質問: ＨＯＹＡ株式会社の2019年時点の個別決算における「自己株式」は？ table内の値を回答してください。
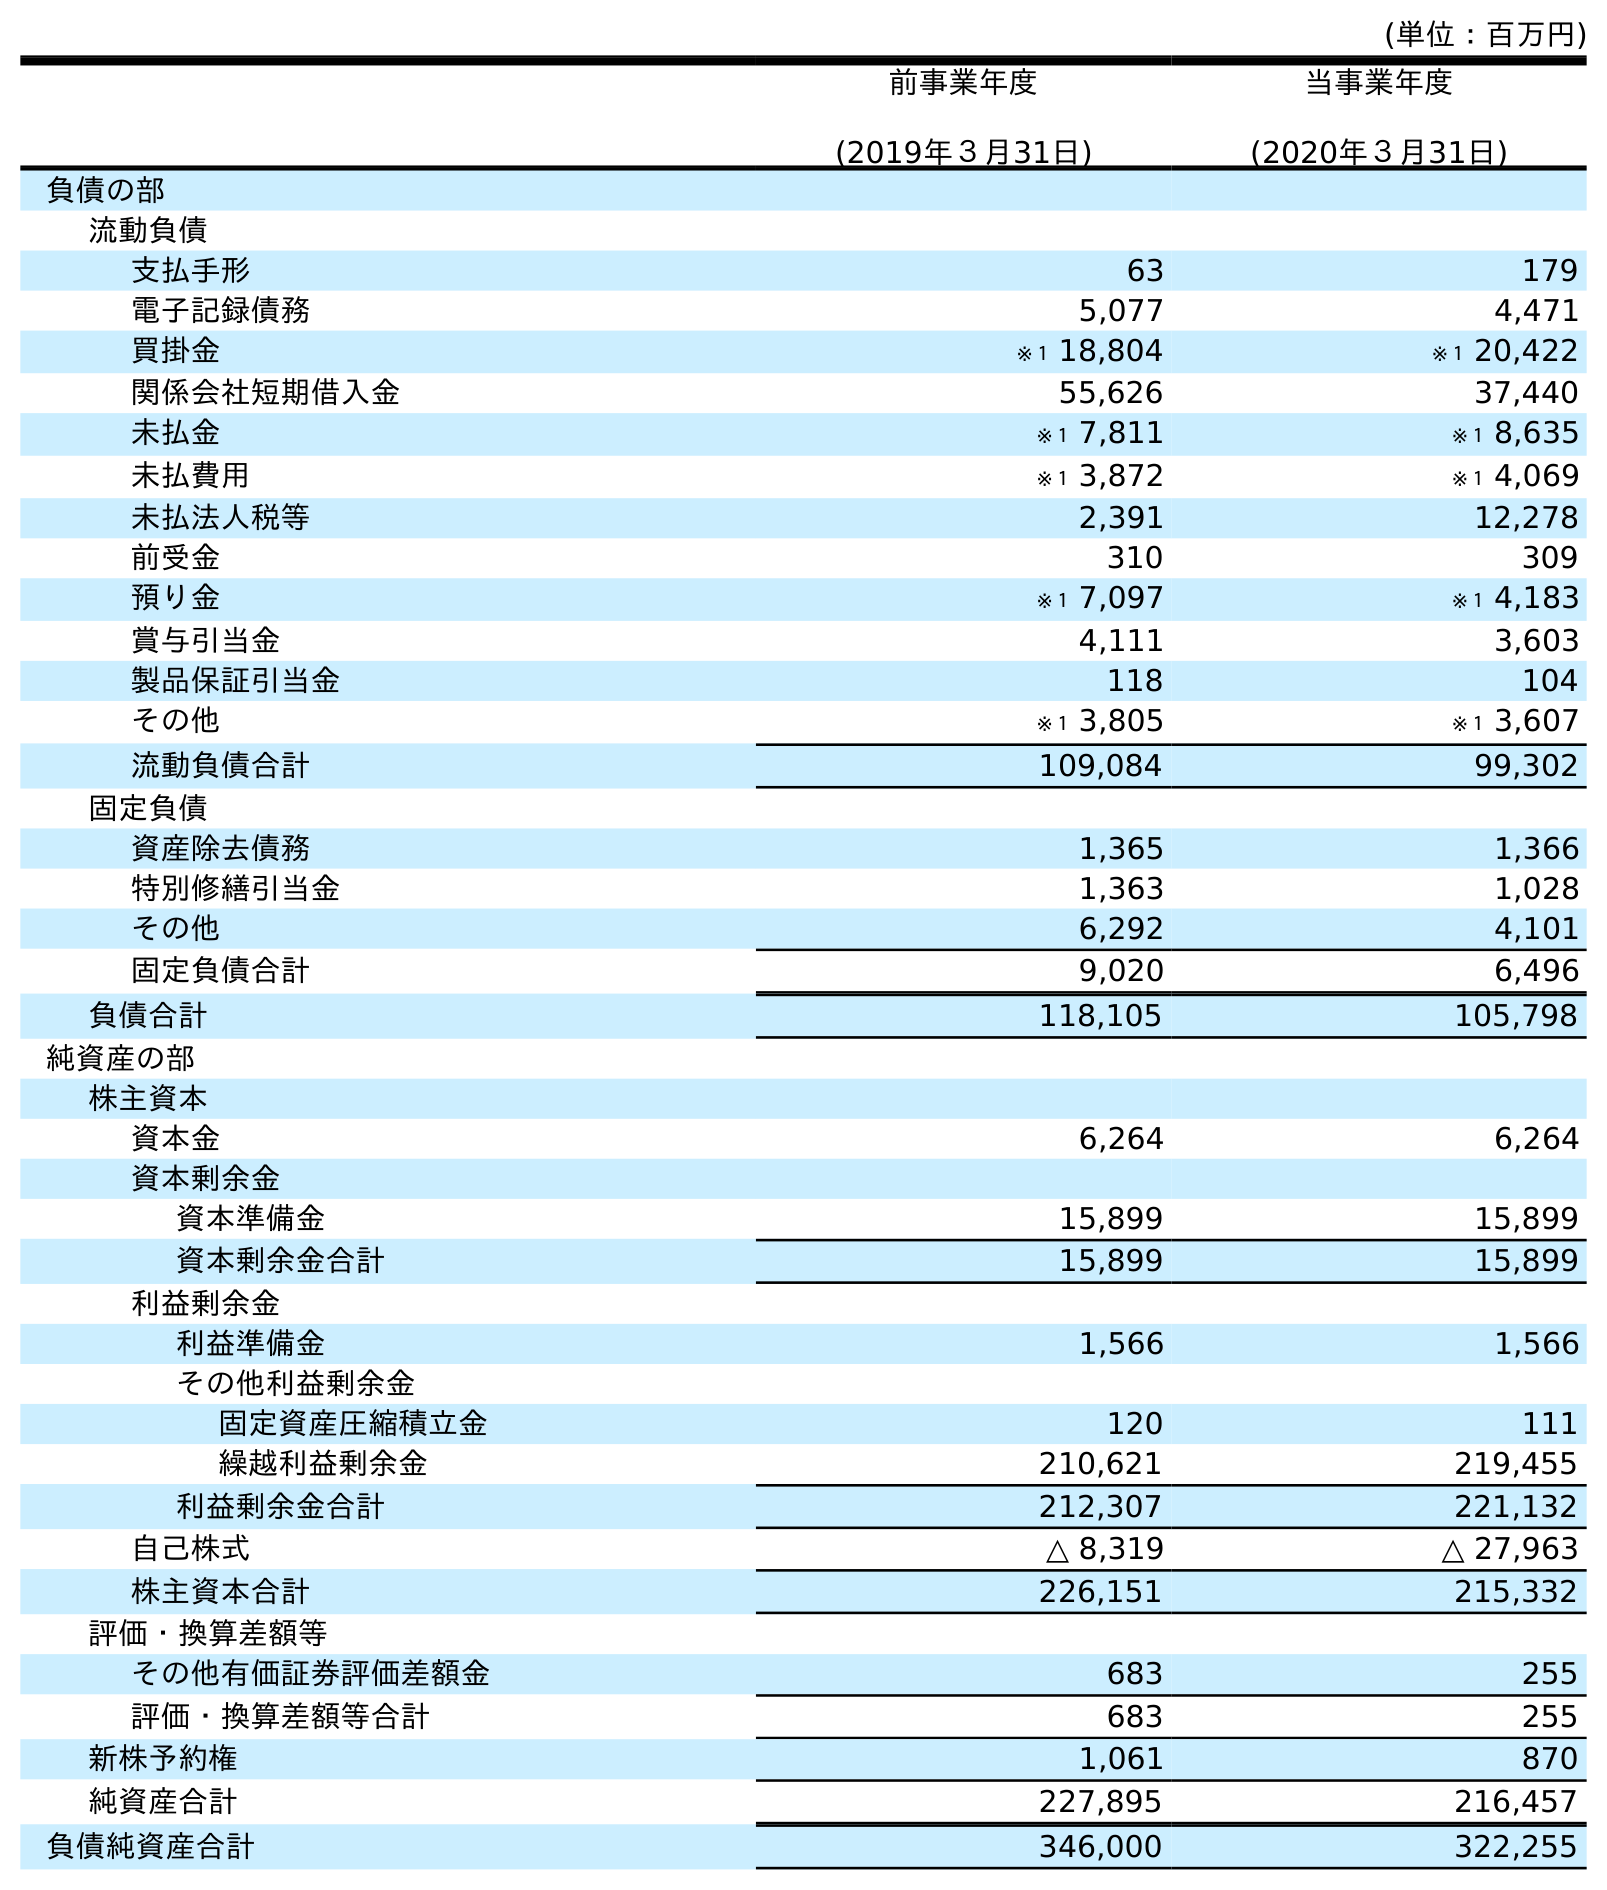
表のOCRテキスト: (単位：百万円) 前事業年度 (2019年３月31日) 当事業年度 (2020年３月31日) 負債の部 流動負債 支払手形 63 179 電子記録債務 5,077 4,471 買掛金 ※１ 18,804 ※１ 20,422 関係会社短期借入金 55,626 37,440 未払金 ※１ 7,811 ※１ 8,635 未払費用 ※１ 3,872 ※１ 4,069 未払法人税等 2,391 12,278 前受金 310 309 預り金 ※１ 7,097 ※１ 4,183 賞与引当金 4,111 3,603 製品保証引当金 118 104 その他 ※１ 3,805 ※１ 3,607 流動負債合計 109,084 99,302 固定負債 資産除去債務 1,365 1,366 特別修繕引当金 1,363 1,028 その他 6,292 4,101 固定負債合計 9,020 6,496 負債合計 118,105 105,798 純資産の部 株主資本 資本金 6,264 6,264 資本剰余金 資本準備金 15,899 15,899 資本剰余金合計 15,899 15,899 利益剰余金 利益準備金 1,566 1,566 その他利益剰余金 固定資産圧縮積立金 120 111 繰越利益剰余金 210,621 219,455 利益剰余金合計 212,307 221,132 自己株式 △ 8,319 △ 27,963 株主資本合計 226,151 215,332 評価・換算差額等 その他有価証券評価差額金 683 255 評価・換算差額等合計 683 255 新株予約権 1,061 870 純資産合計 227,895 216,457 負債純資産合計 346,000 322,255
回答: △8,319